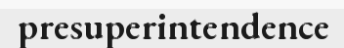
presuperintendence